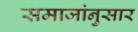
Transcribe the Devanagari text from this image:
समाजांनुसार